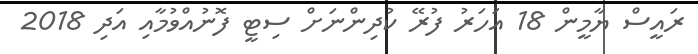
ރައީސް ޔާމީން 18 އަހަރު ފުރޭ ކުދިންނަށް ސިޓީ ފޮނުއްވުމާއި އަދި 2018